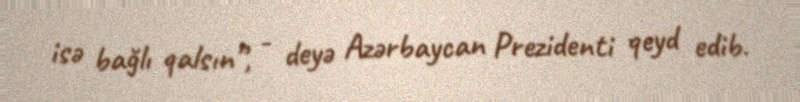
isə bağlı qalsın”, - deyə Azərbaycan Prezidenti qeyd edib.